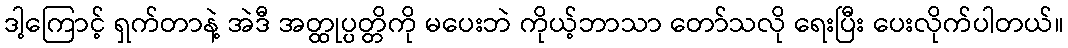
ဒါ့ကြောင့် ရှက်တာနဲ့ အဲဒီ အတ္ထုပ္ပတ္တိကို မပေးဘဲ ကိုယ့်ဘာသာ တော်သလို ရေးပြီး ပေးလိုက်ပါတယ်။